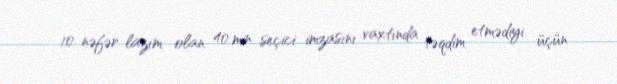
10 nəfər lazım olan 40 min seçici imzasını vaxtında təqdim etmədiyi üçün